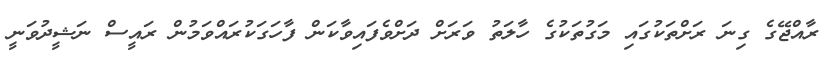
ރާއްޖޭގެ ގިނަ ރަށްތަކުގައި މަގުތަކުގެ ހާލަތު ވަރަށް ދަށްވެފައިވާކަން ފާހަގަކުރައްވަމުން ރައީސް ނަޝީދުވަނީ